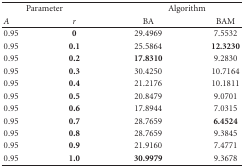
| <COLSPAN=2> Parameter | <COLSPAN=2> Algorithm |
 | A | r | BA | BAM |
 | --- | --- | --- | --- |
 | 0.95 | 0 | 29.4969 | 7.5532 |
 | 0.95 | 0.1 | 25.5864 | 12.3230 |
 | 0.95 | 0.2 | 17.8310 | 9.2830 |
 | 0.95 | 0.3 | 30.4250 | 10.7164 |
 | 0.95 | 0.4 | 21.2176 | 10.1811 |
 | 0.95 | 0.5 | 20.8479 | 9.0701 |
 | 0.95 | 0.6 | 17.8944 | 7.0315 |
 | 0.95 | 0.7 | 28.7659 | 6.4524 |
 | 0.95 | 0.8 | 28.7659 | 9.3845 |
 | 0.95 | 0.9 | 21.9160 | 7.4771 |
 | 0.95 | 1.0 | 30.9979 | 9.3678 |